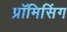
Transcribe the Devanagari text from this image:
प्रॉमिसिंग